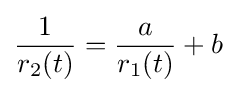
{\frac {1}{r_{2}(t)}}={\frac {a}{r_{1}(t)}}+b